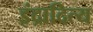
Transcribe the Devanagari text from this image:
इंद्रादित्य